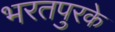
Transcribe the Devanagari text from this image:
भरतपुरके